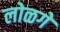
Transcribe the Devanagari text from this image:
लोळगे